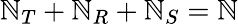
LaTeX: \mathbb{N}_{T}+\mathbb{N}_{R}+\mathbb{N}_{S}=\mathbb{N}